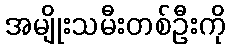
အမျိုးသမီးတစ်ဦးကို